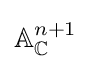
\mathbb {A} _{\mathbb {C} }^{n+1}